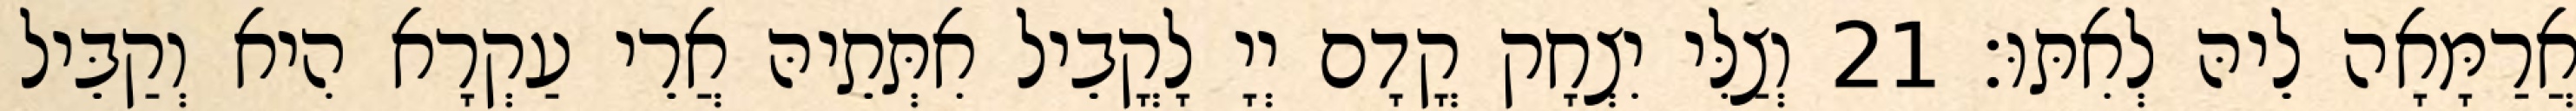
אֲרַמָּאָה לֵיהּ לְאִתּוּ׃ 21 וְצַלִּי יִצְחָק קֳדָם יְיָ לָקֳבֵיל אִתְּתֵיהּ אֲרֵי עַקְרָא הִיא וְקַבֵּיל